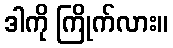
ဒါကို ကြိုက်လား။